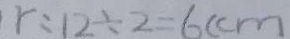
r : 1 2 \div 2 = 6 ( c m